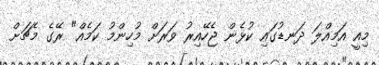
މިއީ އަމިއްލަ ދަނޑުގައި ކުޅެން ޖެހޭއިރު ވަރަށް މުހިންމު ކަމެއް" ރޭގެ މެޗަށް